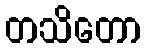
တသိတော